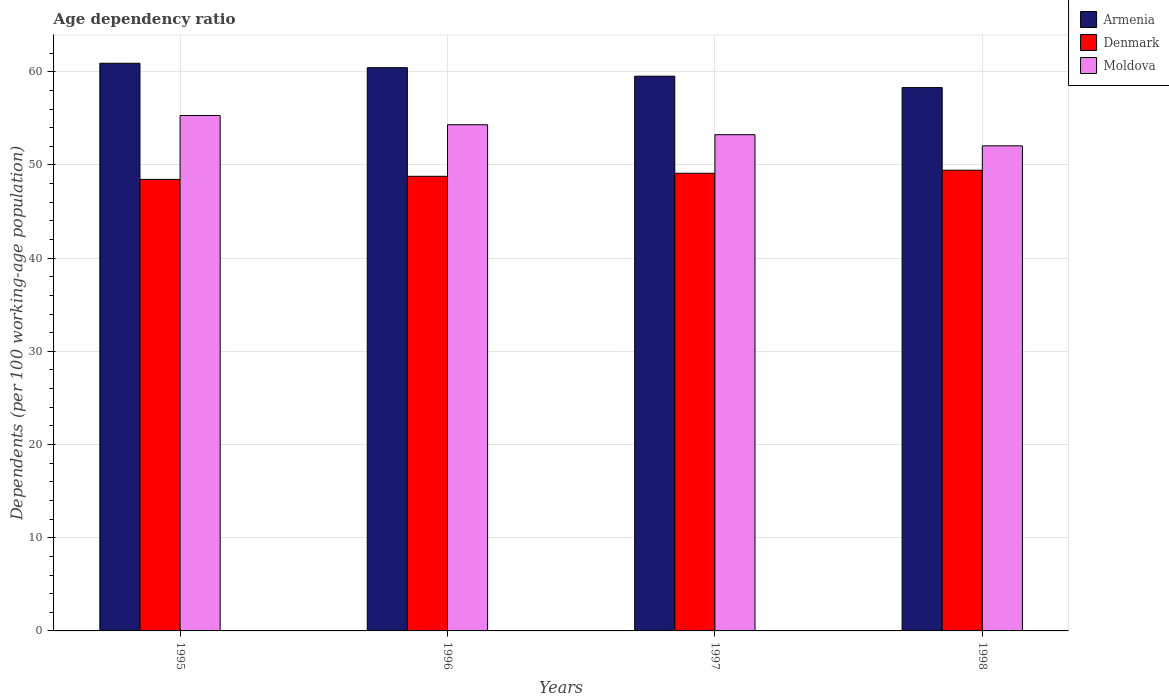
| Years | Armenia | Denmark | Moldova |
 | --- | --- | --- | --- |
 | 1995 | 60.9 | 48.5 | 55.3 |
 | 1996 | 60.4 | 48.8 | 54.3 |
 | 1997 | 59.5 | 49.1 | 53.2 |
 | 1998 | 58.3 | 49.4 | 52.1 |